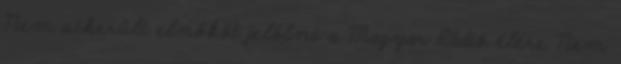
Nem sikerült elnököt jelölni a Magyar Rádió élére Nem